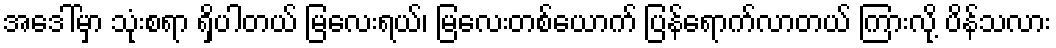
အဒေါ်မှာ သုံးစရာ ရှိပါတယ် မြလေးရယ်၊ မြလေးတစ်ယောက် ပြန်ရောက်လာတယ် ကြားလို့ ပိန်သလား